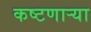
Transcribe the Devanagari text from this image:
कष्टणार्‍या